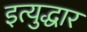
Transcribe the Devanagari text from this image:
इत्युद्धार